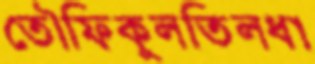
তৌফিকুলতিলধা